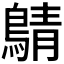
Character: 𪂴